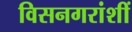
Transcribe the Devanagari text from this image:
विसनगरांशीं